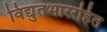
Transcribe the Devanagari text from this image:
विद्युतभाररहित